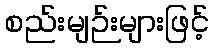
စည်းမျဉ်းများဖြင့်